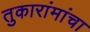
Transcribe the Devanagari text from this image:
तुकारांमांचा